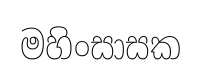
මහිංසාසක